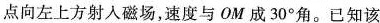
点向左上方射入磁场，速度与OM成30°角。已知该